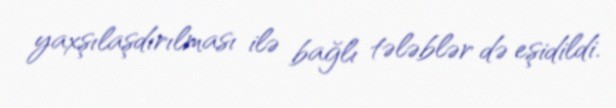
yaxşılaşdırılması ilə bağlı tələblər də eşidildi.